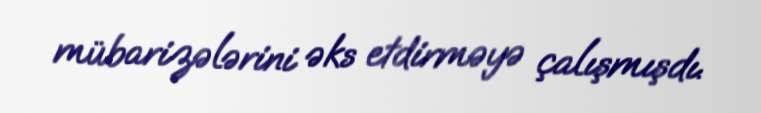
mübarizələrini əks etdirməyə çalışmışdı.